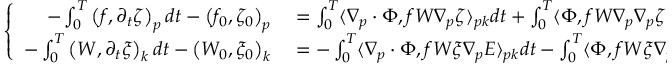
\left\{ \begin{array} { r l } { - \int _ { 0 } ^ { T } \left( f , \partial _ { t } \zeta \right) _ { p } d t - \left( f _ { 0 } , \zeta _ { 0 } \right) _ { p } } & { { } = \int _ { 0 } ^ { T } \langle \nabla _ { p } \cdot \Phi , f W \nabla _ { p } \zeta \rangle _ { p k } d t + \int _ { 0 } ^ { T } \langle \Phi , f W \nabla _ { p } \nabla _ { p } \zeta \rangle _ { p k } d t } \\ { - \int _ { 0 } ^ { T } \left( W , \partial _ { t } \xi \right) _ { k } d t - \left( W _ { 0 } , \xi _ { 0 } \right) _ { k } } & { { } = - \int _ { 0 } ^ { T } \langle \nabla _ { p } \cdot \Phi , f W \xi \nabla _ { p } E \rangle _ { p k } d t - \int _ { 0 } ^ { T } \langle \Phi , f W \xi \nabla _ { p } \nabla _ { p } E \rangle _ { p k } d t . } \end{array} \right.